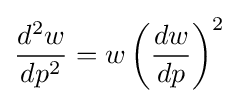
{\frac {d^{2}w}{dp^{2}}}=w\left({\frac {dw}{dp}}\right)^{2}